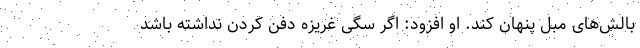
بالش‌های مبل پنهان ‌کند. او افزود: اگر سگی غریزه دفن کردن نداشته باشد